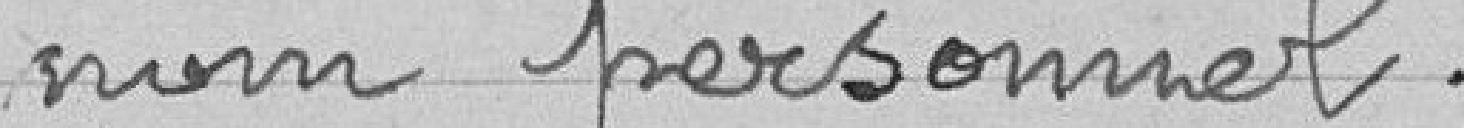
nom personnel.